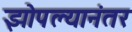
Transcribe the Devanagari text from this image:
झोपल्यानंतर